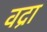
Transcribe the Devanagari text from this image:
वद्रा